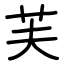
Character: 芙